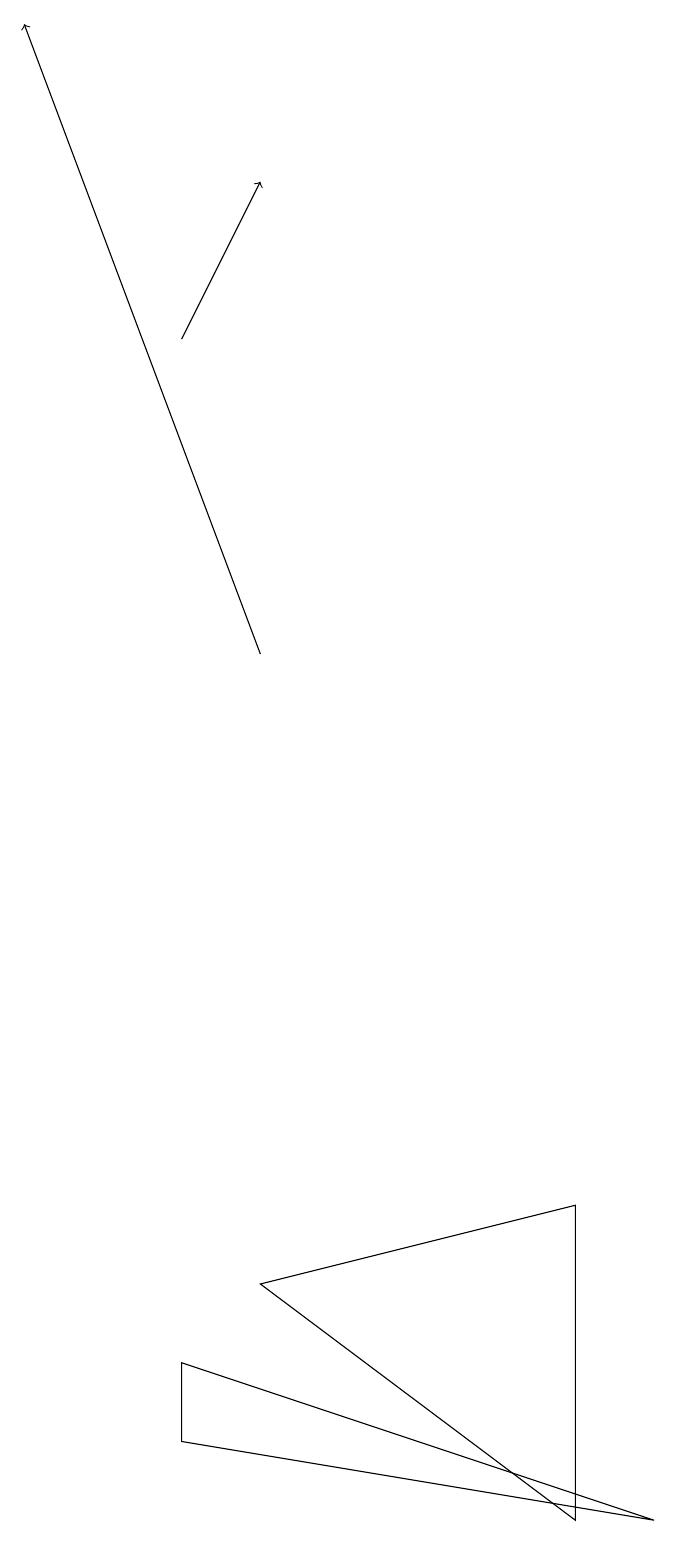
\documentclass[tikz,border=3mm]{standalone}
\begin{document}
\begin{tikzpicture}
\draw (7,4) -- (3,3) -- (7,0) -- cycle;
\draw[->] (2,15) -- (3,17);
\draw[->] (3,11) -- (0,19);
\draw (2,2) -- (2,1) -- (8,0) -- cycle;
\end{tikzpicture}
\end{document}